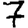
Digit: 7